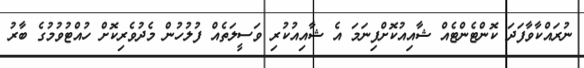
ނުރައްކާވާފަދަ ކޮންޓެންޓެއް ޝާއިއުކޮށްފިނަމަ އެ ޝާއިއުކުރި ވަސީލަތެއް ފުލުހުން މެދުވެރިކޮށް ހުއްޓުވުމުގެ ބާރު